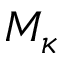
M _ { \kappa }